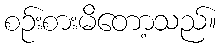
စဉ်းစားမိတော့သည်။